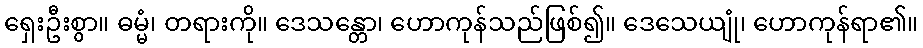
ရှေးဦးစွာ။ ဓမ္မံ၊ တရားကို။ ဒေသန္တော၊ ဟောကုန်သည်ဖြစ်၍။ ဒေသေယျုံ၊ ဟောကုန်ရာ၏။